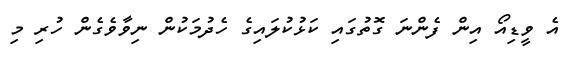
އެ ވީޑިއޯ އިން ފެންނަ ގޮތުގައި ކަޅުކުލައިގެ ހެދުމަކުން ނިވާވެގެން ހުރި މި